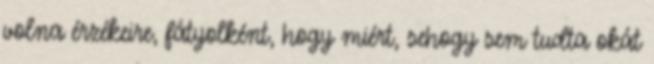
volna érzékeire, fátyolként, hogy miért, sehogy sem tudta okát